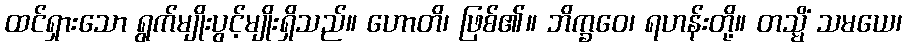
ထင်ရှားသော ရွက်မျိုးပွင့်မျိုးရှိသည်။ ဟောတိ၊ ဖြစ်၏။ ဘိက္ခဝေ၊ ရဟန်းတို့။ တသ္မိံ သမယေ၊